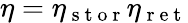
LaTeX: \eta=\eta_{\mathrm{~s~t~o~r~}}\eta_{\mathrm{~r~e~t~}}